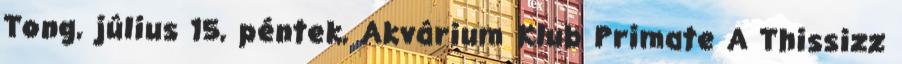
Tong, július 15, péntek, Akvárium Klub Primate A Thissizz